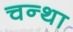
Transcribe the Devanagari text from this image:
चन्था